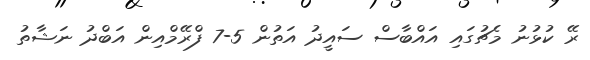
ރޭ ކުޅުނު މެޗުގައި އައްބާސް ސައީދު އަތުން 5-7 ފްރޭމްއިން އަބްދު ނަޝާތު